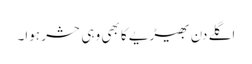
اگلے دن بھیڑیے کا بھی وہی حشر ہوا۔